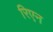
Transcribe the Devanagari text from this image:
रिएन